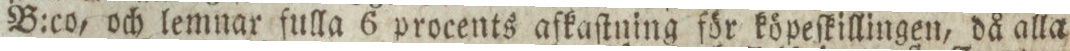
B:co, och lemnar fulla 6 procents afkaſtning för köpeſkillingen, då alla